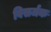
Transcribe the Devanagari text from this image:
विसर्जक